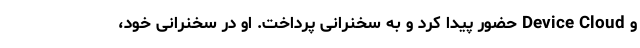
و Device Cloud حضور پیدا کرد و به سخنرانی پرداخت. او در سخنرانی خود،